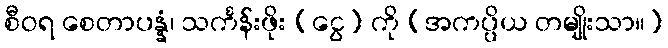
စီဝရ စေတာပန္နံ၊ သင်္ကန်းဖိုး (ငွေ) ကို (အကပ္ပိယ တမျိုးသာ။)